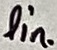
Text: lin.